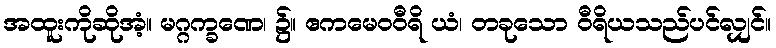
အထူးကိုဆိုအံ့။ မဂ္ဂက္ခဏေ၊ ၌။ ဧကမေဝဝီရိ ယံ၊ တခုသော ဝီရိယသည်ပင်လျှင်။